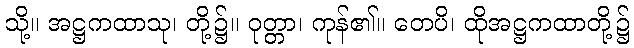
သို့။ အဋ္ဌကထာသု၊ တို့၌။ ဝုတ္တာ၊ ကုန်၏။ တေပိ၊ ထိုအဋ္ဌကထာတို့၌